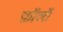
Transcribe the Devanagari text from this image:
फ़ॉलॉ